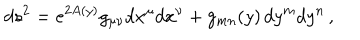
LaTeX: d s ^ { 2 } = e ^ { 2 A ( y ) } g _ { \mu \nu } d x ^ { \mu } d x ^ { \nu } + g _ { m n } ( y ) \, d y ^ { m } d y ^ { n } \, ,